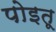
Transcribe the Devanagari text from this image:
पोइतू